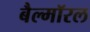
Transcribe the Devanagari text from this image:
बैल्मॉरल